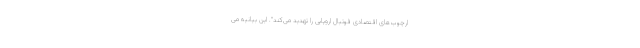
ارچوب‌های اقتصادی فوتبال اروپایی را تهدید می‌کند". این بیانیه می‌